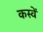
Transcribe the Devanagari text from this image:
कस्वें